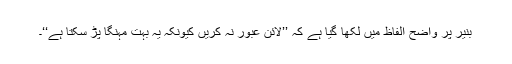
بنیر پر واضح الفاظ میں لکھا گیا ہے کہ ’’لائن عبور نہ کریں کیونکہ یہ بہت مہنگا پڑ سکتا ہے‘‘۔